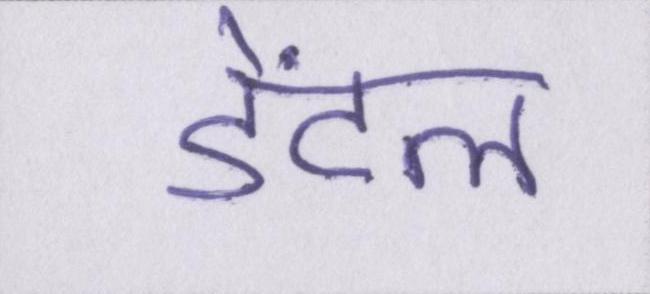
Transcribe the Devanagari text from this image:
डेंटल